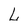
Character: L